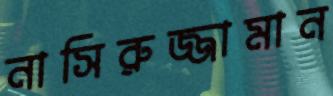
নাসিরুজ্জামান